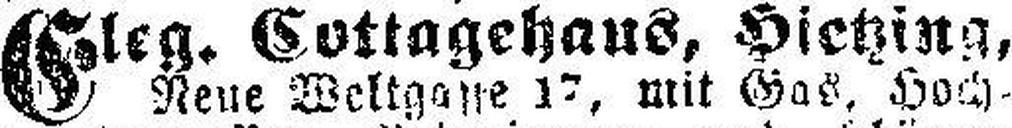
Eleg. Cottagehaus, Hietzing,